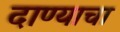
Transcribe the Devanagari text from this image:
दाण्याचा